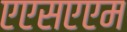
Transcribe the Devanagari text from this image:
एएसएएम